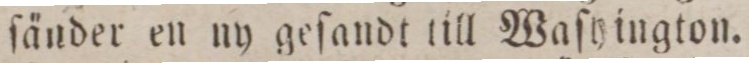
ſänder en ny geſandt till Waſyington.